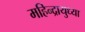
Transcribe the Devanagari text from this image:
महिन्द्रायुध्या